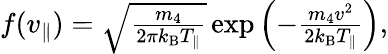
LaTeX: \begin{array}{r}{f(v_{\parallel})=\sqrt{\frac{m_{4}}{2\pi k_{\mathrm{B}}T_{\parallel}}}\exp\left(-\frac{m_{4}v^{2}}{2k_{\mathrm{B}}T_{\parallel}}\right),}\end{array}